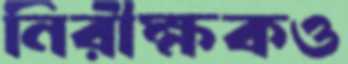
নিরীক্ষকও